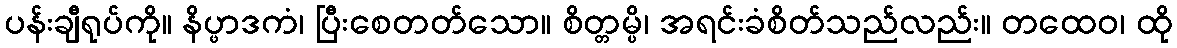
ပန်းချီရုပ်ကို။ နိပ္ဖာဒကံ၊ ပြီးစေတတ်သော။ စိတ္တမ္ပိ၊ အရင်းခံစိတ်သည်လည်း။ တထေဝ၊ ထို